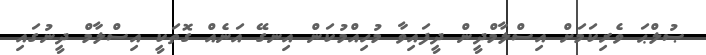
ޞުލްޙަ ވެރިކަމަށް އިސްލާމްދީން ދީފައިވާ މުހިއްމުކަން އިނގޭ އަނެއް ގޮތަކީ އިސްލާމް ދީނުގައި